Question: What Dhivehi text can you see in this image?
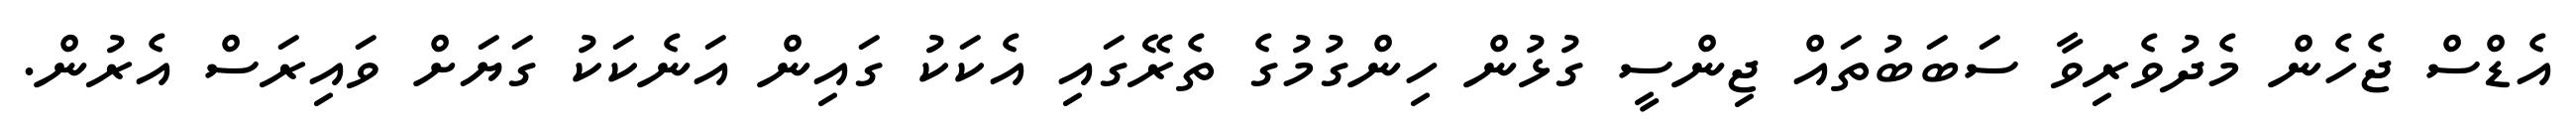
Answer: އެޑްސް ޖެހެން މެދުވެރިވާ ސަބަބުތައް ޖިންސީ ގުޅުން ހިންގުމުގެ ތެރޭގައި އެކަކު ގައިން އަނެކަކު ގަޔަށް ވައިރަސް އެރުން.